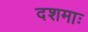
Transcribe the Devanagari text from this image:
दशमाः